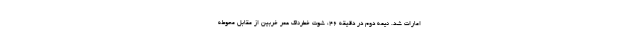
امارات شد. نیمه دوم در دقیقه ۴۶، شوت خطرناک عمر خربین از مقابل محوطه